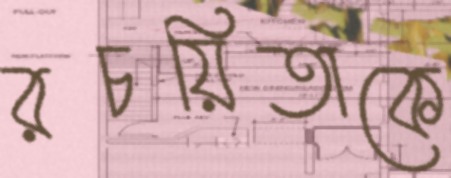
রচয়িতাকে